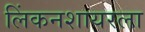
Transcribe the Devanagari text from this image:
लिंकनशायरला